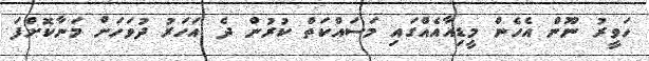
ހަވީރު ނޫން އެހެން މީޑިއާއެއްގައި މަސައްކަތް ކުރުން ދެ އަހަރު ދުވަހަށް މަނާކޮށްފަ